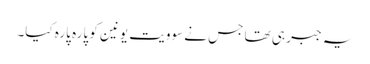
یہ جبر ہی تھا جس نے سوویت یونین کو پارہ پارہ کیا۔